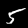
Label: 5